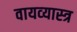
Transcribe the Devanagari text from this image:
वायव्‍यास्‍त्र